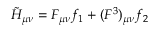
\tilde { H } _ { \mu \nu } = { \cal F } _ { \mu \nu } f _ { 1 } + ( { \cal F } ^ { 3 } ) _ { \mu \nu } f _ { 2 }